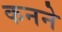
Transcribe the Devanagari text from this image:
कनने